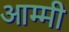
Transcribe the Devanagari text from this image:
आम्मी